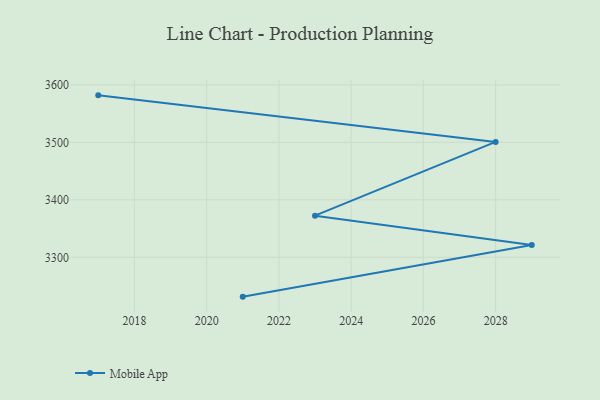
{"axis": {"x": "Year", "y": "Temperature (°C)"}, "legend": ["Mobile App"], "data": [{"x": "2017", "y": 3581.8, "type": "Mobile App"}, {"x": "2028", "y": 3500.8, "type": "Mobile App"}, {"x": "2023", "y": 3372.5, "type": "Mobile App"}, {"x": "2029", "y": 3321.4, "type": "Mobile App"}, {"x": "2021", "y": 3231.6, "type": "Mobile App"}]}